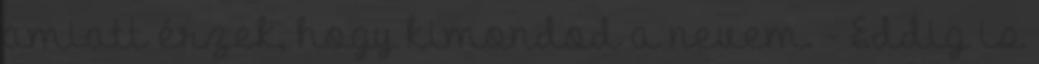
amiatt érzek, hogy kimondod a nevem. - Eddig is